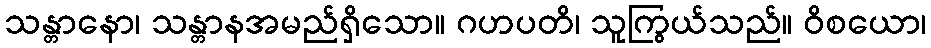
သန္တာနော၊ သန္တာနအမည်ရှိသော။ ဂဟပတိ၊ သူကြွယ်သည်။ ဝိစယော၊